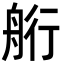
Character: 𦨵